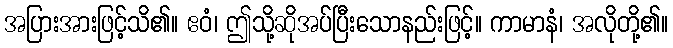
အပြားအားဖြင့်သိ၏။ ဧဝံ၊ ဤသို့ဆိုအပ်ပြီးသောနည်းဖြင့်။ ကာမာနံ၊ အလိုတို့၏။